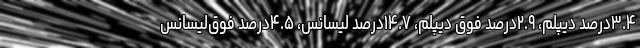
۳.۴درصد دیپلم، ۲.۹درصد فوق دیپلم، ۱۴.۷درصد لیسانس، ۴.۵درصد فوق‌لیسانس